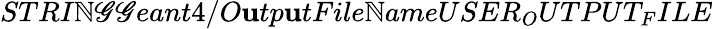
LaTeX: STRI\mathbb{N}\mathscr{G}\mathscr{G}eant4/O\mathbf{u}tp\mathbf{u}tFile\mathbb{N}ameUSER_{O}UTPUT_{F}ILE